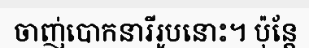
ចាញ់បោកនារីរូបនោះ។ ប៉ុន្តែ